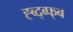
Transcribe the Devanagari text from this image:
ह्ब्द्ब्फ्ब